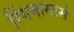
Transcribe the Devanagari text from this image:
रिंगमास्टर्स